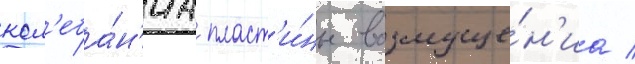
кол'еба́н'иа пласт'и́ны возмуще́н'иа /